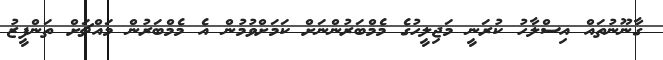
ގާނޫނުތައް އިސްލާހު ކުރަނީ މަޖިލީހުގެ މެމްބަރުންނަށް ކަމަށްވުމުން އެ މެމްބަރުން މައްޗަށް ތަންފީޒު